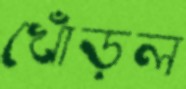
খোঁড়ল